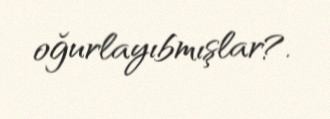
oğurlayıbmışlar?.